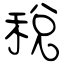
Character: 稅